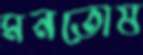
মনতোষ